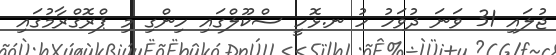
ޖުލައި 31 ވަނަ ދުވަހު ހު ނ.ޅޮހީ ސްކޫލްގައި ހިންގި މި ޕްރޮގްރާމުގައި